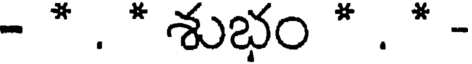
- * . * శుభం * . * -